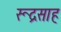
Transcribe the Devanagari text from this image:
रूद्रसाह